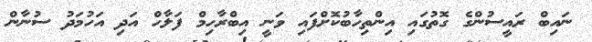
ނައިބް ރައީސުންގެ ގޮތުގައި އިންތިހާބުކޮށްފައި ވަނީ އިބްރާހިމް ފަލާހް އަދި އަހުމަދު ސުނާން